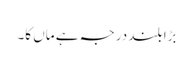
بڑا بلند درجہ ہے ماں کا۔